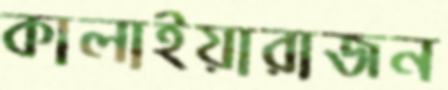
কালাইয়ারাজন